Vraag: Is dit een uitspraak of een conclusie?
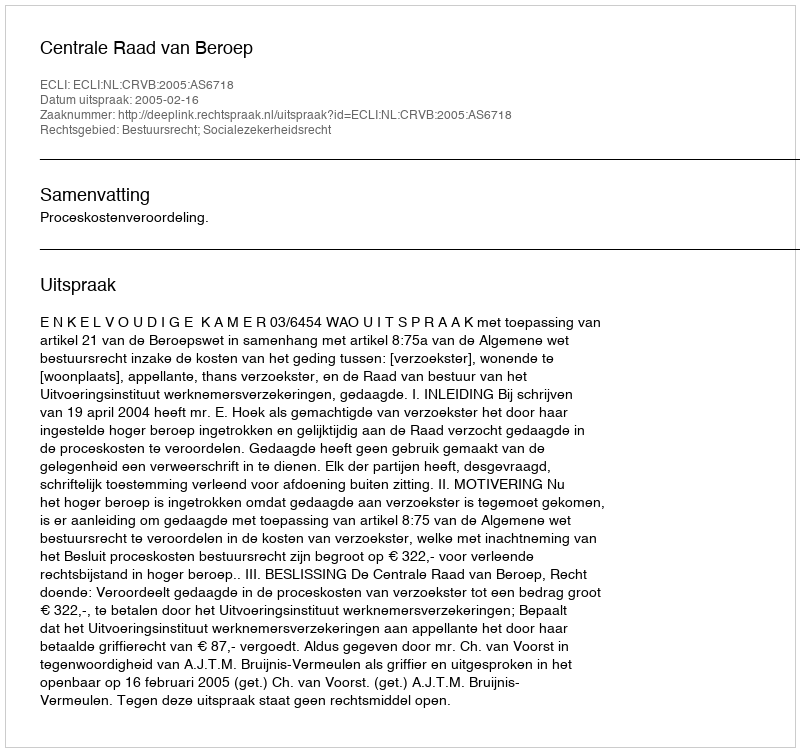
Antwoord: Uitspraak